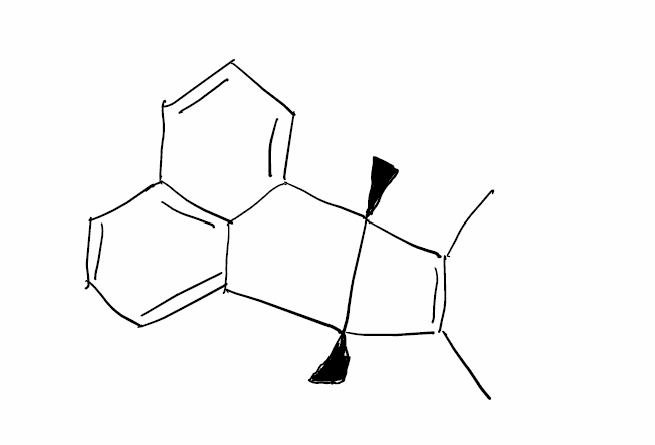
Simplified molecular-input line-entry system (SMILES) notation of the given molecule:
CC1=C([C@@]2([C@]1(C3=CC=CC4=C3C2=CC=C4)C)C)C